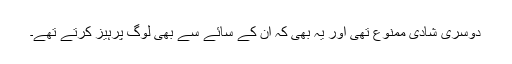
دوسری شادی ممنوع تھی اور یہ بھی کہ ان کے سائے سے بھی لوگ پرہیز کرتے تھے۔